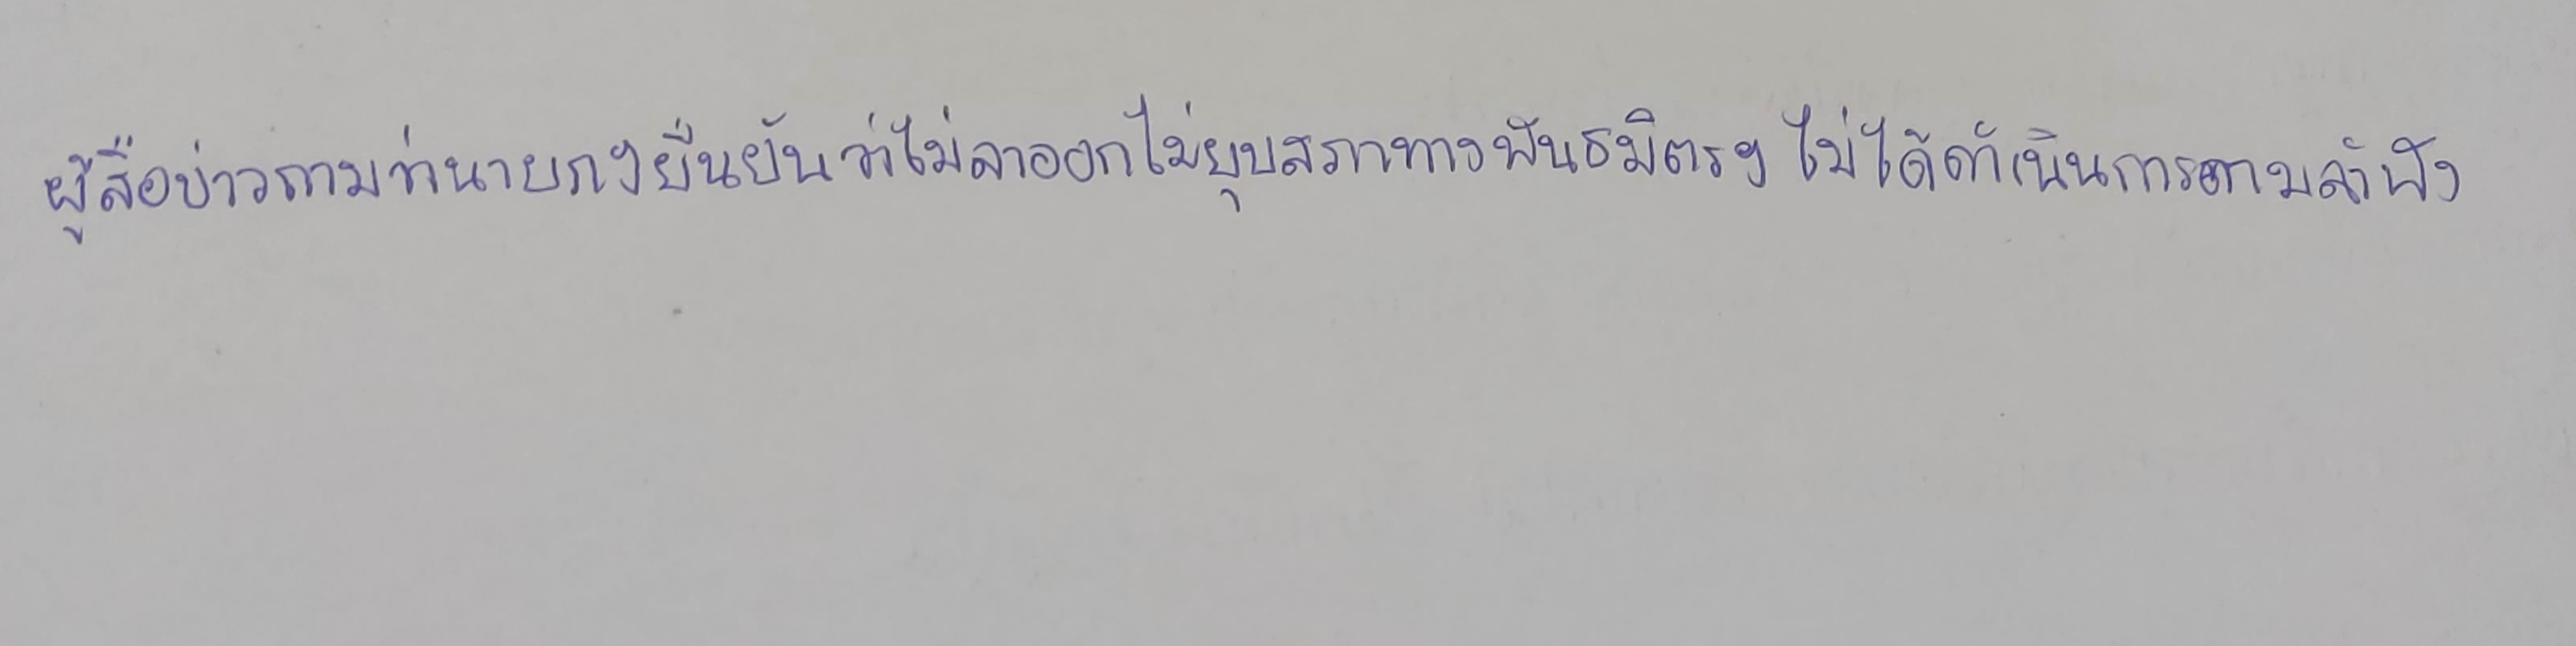
ผู้สื่อข่าวถามว่านายกฯยืนยันว่าไม่ลาออกไม่ยุบสภาทางพันธมิตรฯไม่ได้ดำเนินการตามลำพัง